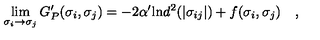
\lim _ { \sigma _ { i } \to \sigma _ { j } } G _ { P } ^ { \prime } ( \sigma _ { i } , \sigma _ { j } ) = - 2 \alpha ^ { \prime } \mathrm { l n } d ^ { 2 } ( | \sigma _ { i j } | ) + f ( \sigma _ { i } , \sigma _ { j } ) \quad ,